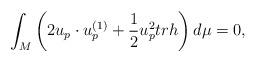
LaTeX: \begin{align*}\int_{M}\left( 2u_{p}\cdot u_{p}^{\left( 1\right) }+\frac{1}{2}u_{p}^{2}trh\right) d\mu =0, \end{align*}